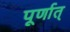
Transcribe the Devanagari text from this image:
पूर्णात्